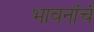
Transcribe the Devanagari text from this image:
भावनांचं